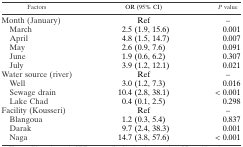
<table><thead><tr><td><b>Factors</b></td><td><b>OR (95% CI)</b></td><td><b><i>P</i> value</b></td></tr></thead><tbody><tr><td>Month (January)</td><td>Ref</td><td>–</td></tr><tr><td> March</td><td>2.5 (1.9, 15.6)</td><td>0.001</td></tr><tr><td> April</td><td>4.8 (1.5, 14.7)</td><td>0.007</td></tr><tr><td> May</td><td>2.6 (0.9, 7.6)</td><td>0.091</td></tr><tr><td> June</td><td>1.9 (0.6, 6.2)</td><td>0.307</td></tr><tr><td> July</td><td>3.9 (1.2, 12.1)</td><td>0.021</td></tr><tr><td>Water source (river)</td><td>Ref</td><td>–</td></tr><tr><td> Well</td><td>3.0 (1.2, 7.3)</td><td>0.016</td></tr><tr><td> Sewage drain</td><td>10.4 (2.8, 38.1)</td><td>&lt; 0.001</td></tr><tr><td> Lake Chad</td><td>0.4 (0.1, 2.5)</td><td>0.298</td></tr><tr><td>Facility (Kousseri)</td><td>Ref</td><td>–</td></tr><tr><td> Blangoua</td><td>1.2 (0.3, 5.4)</td><td>0.837</td></tr><tr><td> Darak</td><td>9.7 (2.4, 38.3)</td><td>0.001</td></tr><tr><td> Naga</td><td>14.7 (3.8, 57.6)</td><td>&lt; 0.001</td></tr></tbody></table>